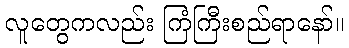
လူတွေကလည်း ကြံကြီးစည်ရာနော်။